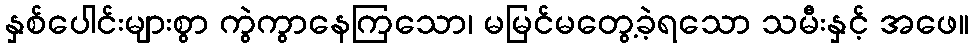
နှစ်ပေါင်းများစွာ ကွဲကွာနေကြသော၊ မမြင်မတွေ့ခဲ့ရသော သမီးနှင့် အဖေ။